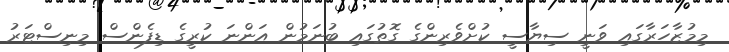
މިމުޒާހަރާގައި ވަނީ ސިޔާސީ ކުށްވެރިންގެ ގޮތުގައި ބުނަމުން އަންނަ ކުރީގެ ޑިފެންސް މިނިސްޓަރު